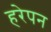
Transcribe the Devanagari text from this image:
हरेपन